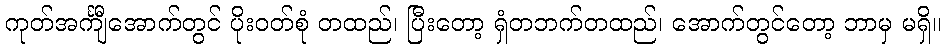
ကုတ်အင်္ကျီအောက်တွင် ပိုးဝတ်စုံ တထည်၊ ပြီးတော့ ရှံတဘက်တထည်၊ အောက်တွင်တော့ ဘာမှ မရှိ။